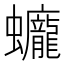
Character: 𧕻